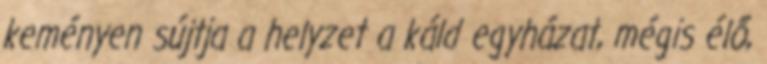
keményen sújtja a helyzet a káld egyházat, mégis élő,